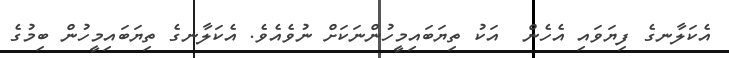
އެކަލާނގެ ފިޔަވައި އެހެން  އަކު ތިޔަބައިމީހުންނަކަށް ނުވެއެވެ. އެކަލާނގެ ތިޔަބައިމީހުން ބިމުގެ